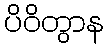
ပိဝိတွာန